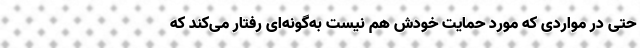
حتی در مواردی که مورد حمایت خودش هم نیست به‌گونه‌ای رفتار می‌کند که